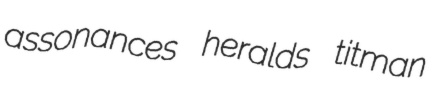
assonances heralds titman